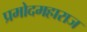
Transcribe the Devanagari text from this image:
प्रमोदमहाराज